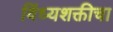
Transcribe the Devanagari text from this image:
विंध्यशक्तीचा